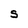
Character: S